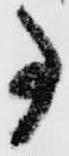
事